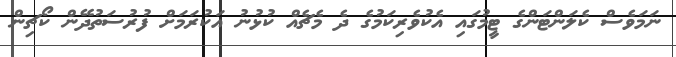
ނަމަވެސް ކެލަންޓަންގެ ޓީމުގައި އެކުވެރިކަމުގެ ދެ މެޗެއް ކުޅުނު އަކުރަމަށް ފުރުސަތުދޭން ކޯޗިން